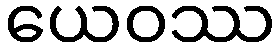
ယေဝဿ